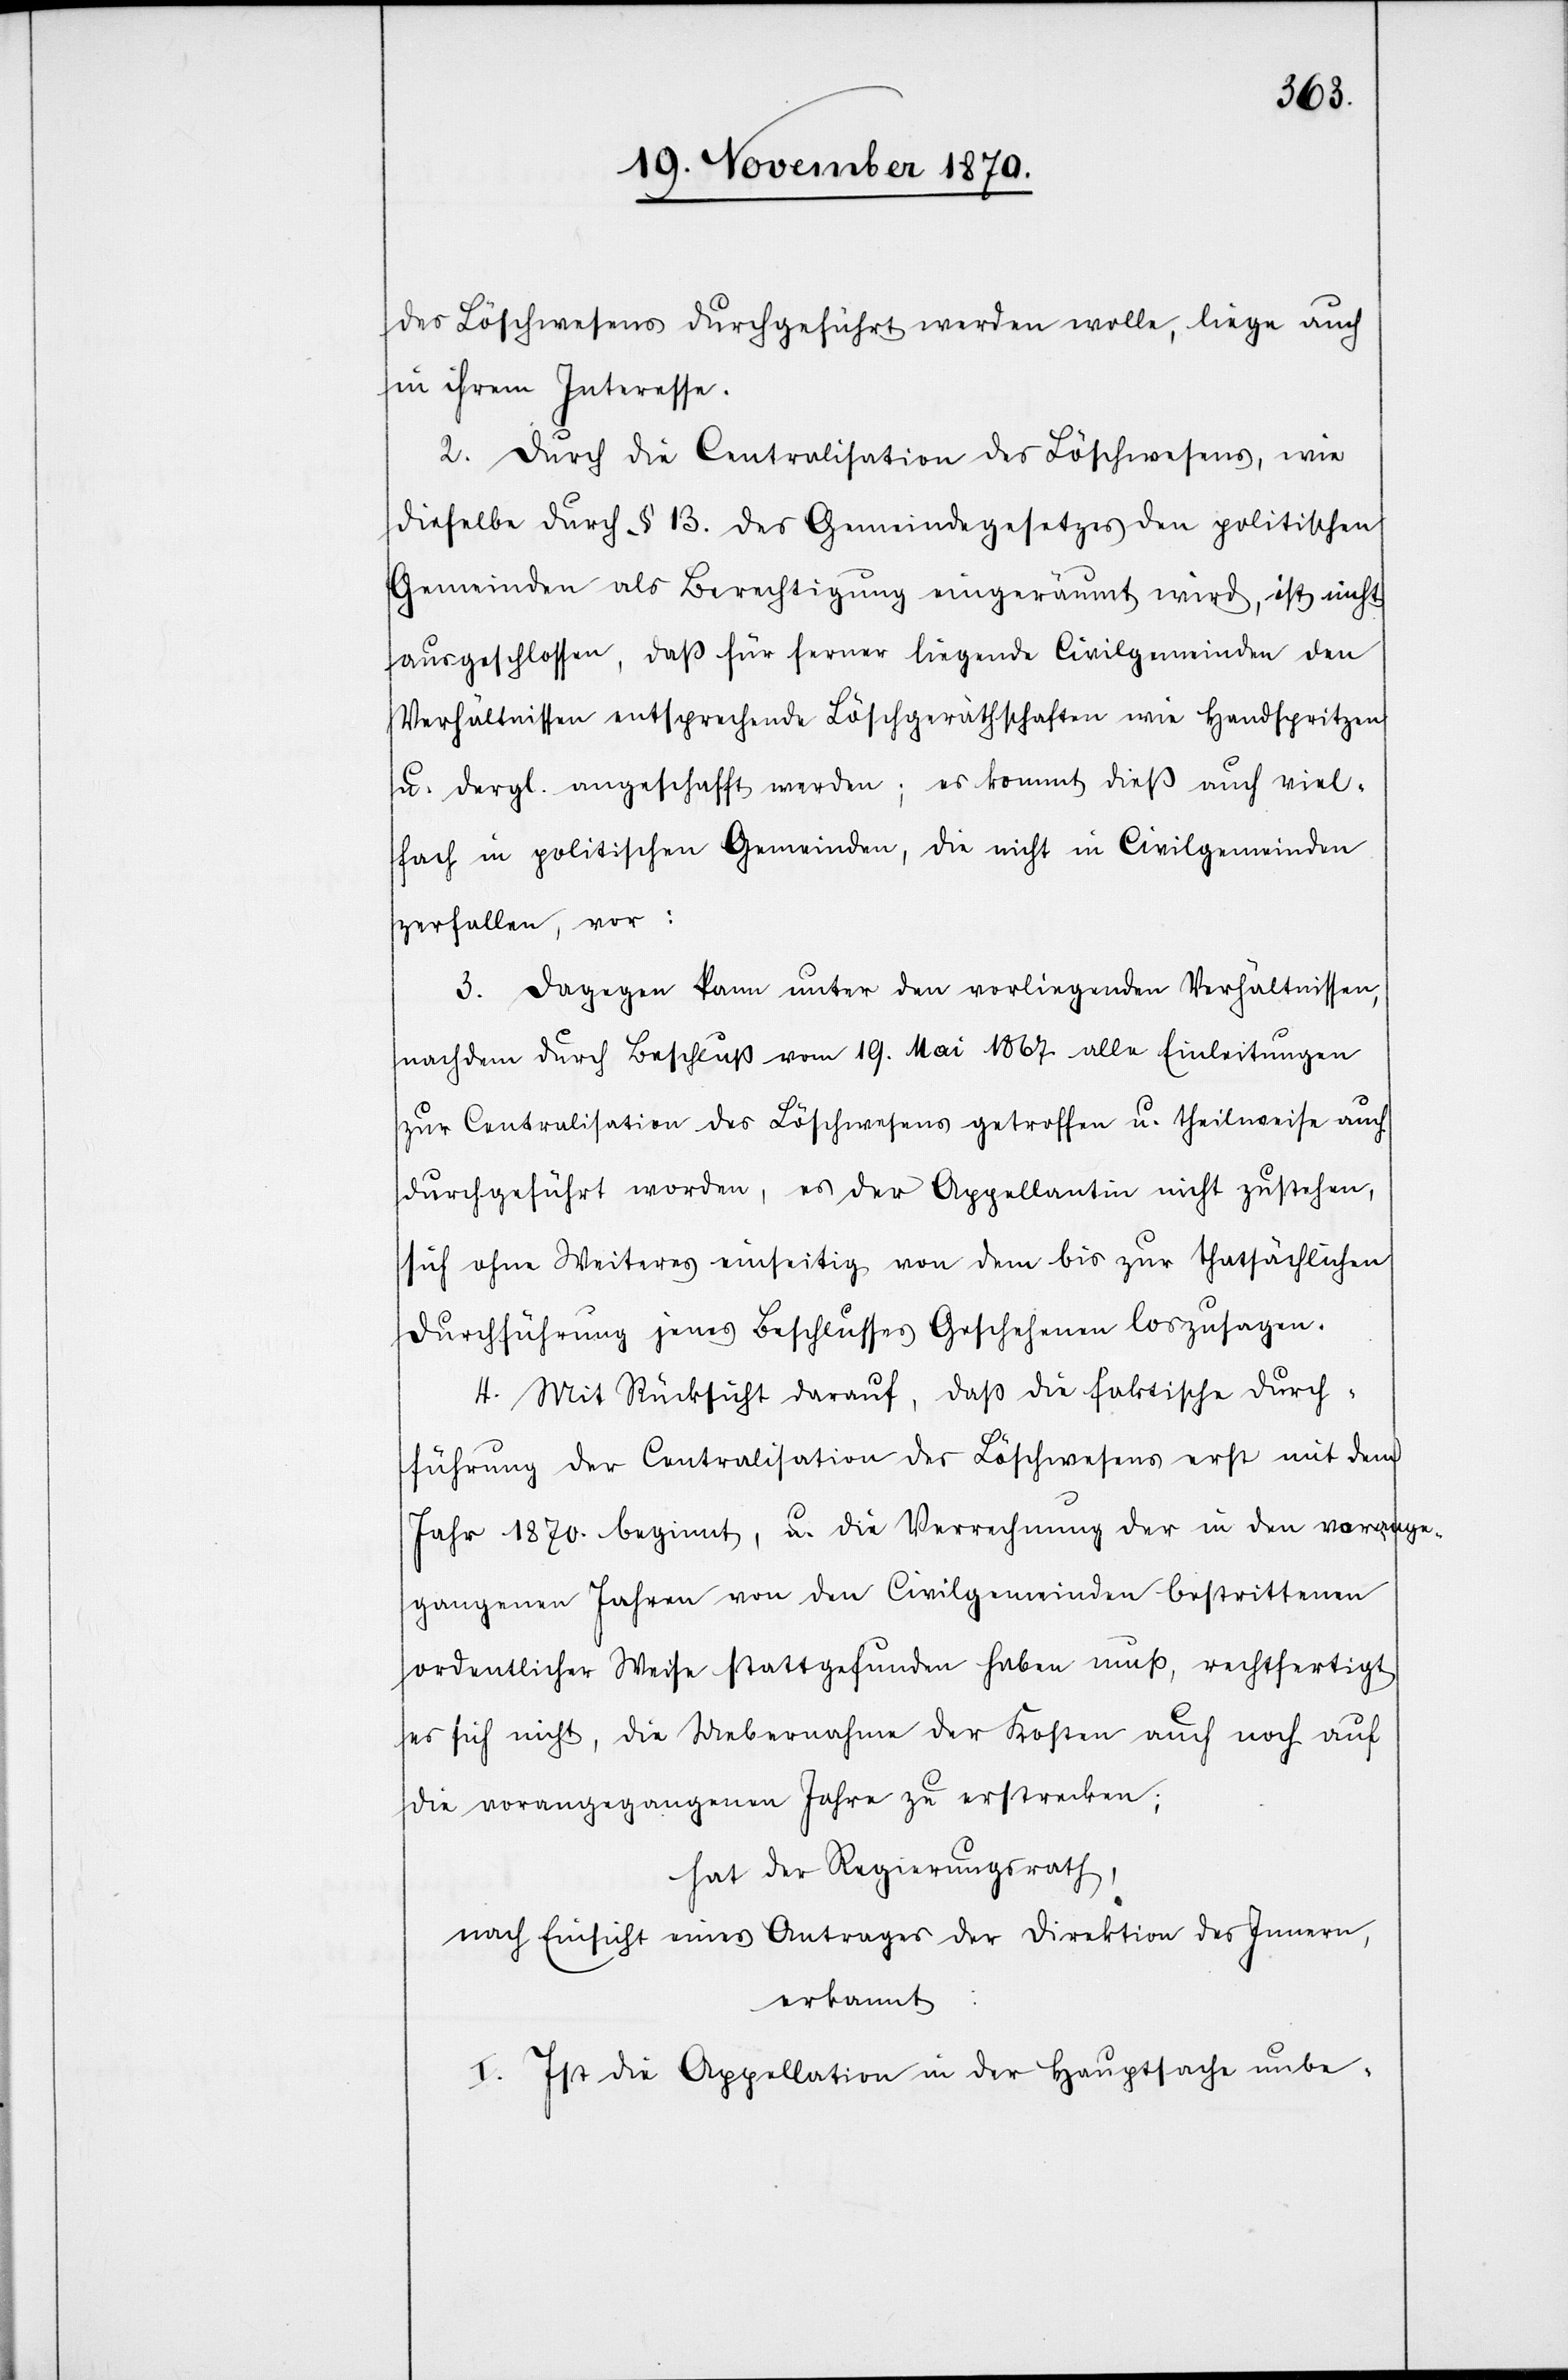
des Löschwesens durchgeführt werden wolle, liege auch
in ihrem Interesse.
2. Durch die Centralisation des Löschwesens, wie
dieselbe durch § 13. des Gemeindegesetzes den politischen
Gemeinden als Berechtigung eingeräumt wird, ist nicht
ausgeschlossen, daß für ferner liegende Civilgemeinden den
Verhältnissen entsprechende Löschgeräthschaften wie Handspritzen
u. dergl. angeschafft werden; es kommt dieß auch viel¬
fach in politischen Gemeinden, die nicht in Civilgemeinden
zerfallen, vor.
3. Dagegen kann unter den vorliegenden Verhältnissen,
nachdem durch Beschluß vom 19. Mai 1867 alle Einleitungen
zur Centralisation des Löschwesens getroffen u. theilweise auch
durchgeführt worden, es der Appellantin nicht zustehen,
sich ohne Weiteres einseitig von dem bis zur thatsächlichen
Durchführung jenes Beschlusses Geschehenen loszusagen.
4. Mit Rücksicht darauf, daß die faktische Durch¬
führung der Centralisation des Löschwesens erst mit dem
Jahr 1870. beginnt, u. die Verrechnung der in den vorange¬
gangenen Jahren von den Civilgemeinden bestrittenen
ordentlicher Weise stattgefunden haben muß, rechtfertigt
es sich nicht, die Uebernahme der Kosten auch noch auf
die vorangegangenen Jahre zu erstrecken;
hat der Regierungsrath,
nach Einsicht eines Antrages der Direktion des Innern,
erkannt:
I. Ist die Appellation in der Hauptsache unbe-